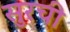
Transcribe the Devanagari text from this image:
सुरची